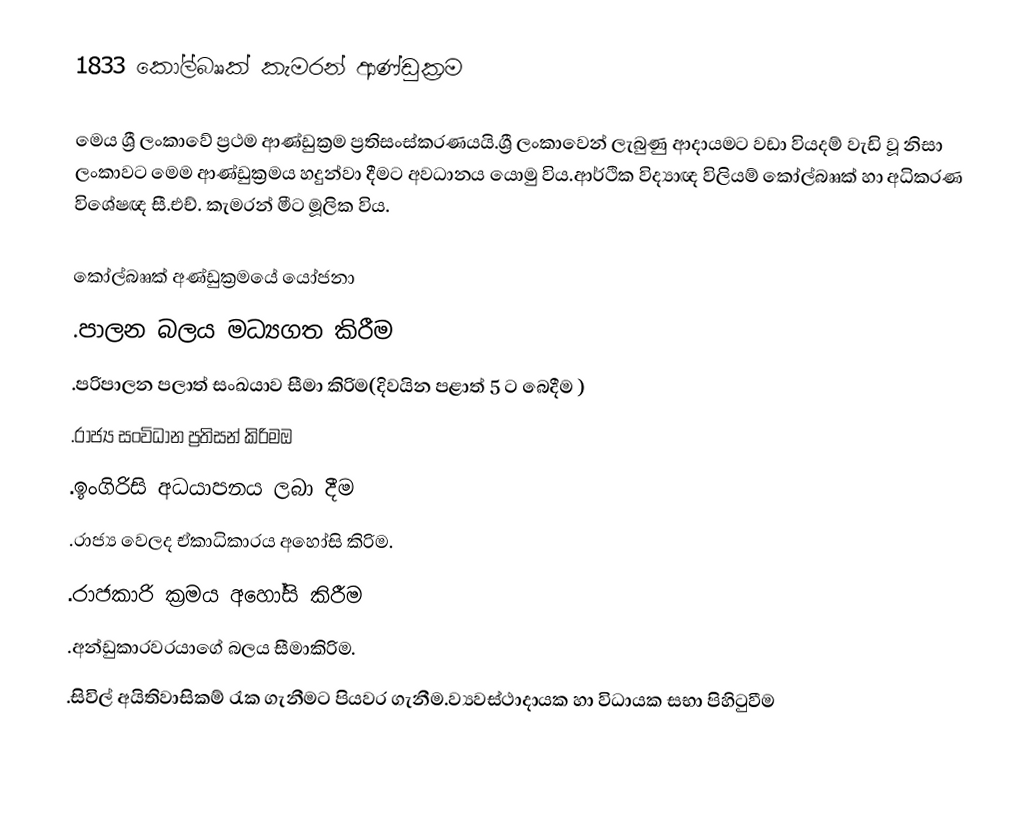
1833 කෝල්බෲක් කැමරන් ආණ්ඩුක්‍රම

මෙය ශ්‍රී ලංකාවේ ප්‍රථම ආණ්ඩුක්‍රම ප්‍රතිසංස්කරණයයි.ශ්‍රී ලංකාවෙන් ලැබුණු ආදායමට වඩා වියදම් වැඩි වූ නිසා ලංකාවට මෙම ආණ්ඩුක්‍රමය හදුන්වා දීමට අවධානය යොමු විය.ආර්ථික විද්‍යාඥ විලියම්  කෝල්බෲක් හා අධිකරණ විශේෂඥ සී.එච්. කැමරන් මීට මූලික විය.

 කෝල්බෲක් අණ්ඩුක්‍රමයේ යෝජනා
  .පාලන බලය මධ්‍යග‍ත කිරීම
  .පරිපාලන පලාත් සංඛයාව සීමා කිරිම(දිවයින පළාත් 5 ට බෙදීම )
  .රාජ්‍ය සංවිධාන ප්‍රතිසන් කිරිමඔ
  .ඉංගිරිසි අධයාපනය ලබා දීම
  .රාජ්‍ය වෙලද ඒකාධිකාරය අහෝසි කිරිම.
  .රාජකාරි ක්‍රමය අහෝසි කිරීම
  .අන්ඩුකාරවරයාගේ බලය සීමාකිරිම.‍
  .සිවිල් අයිතිවාසිකම් රැක ගැනීමට පියවර ගැනීම.ව්‍යවස්ථාදායක හා විධායක සභා පිහිටුවීම